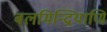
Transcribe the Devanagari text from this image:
बलमिन्द्रियाणि